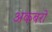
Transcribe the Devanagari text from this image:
अकबरो